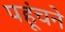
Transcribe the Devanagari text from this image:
पहूंचने